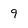
Character: 9